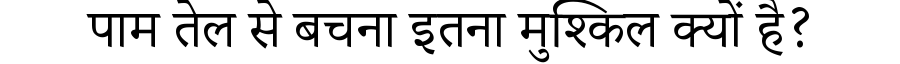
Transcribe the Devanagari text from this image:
पाम तेल से बचना इतना मुश्किल क्यों है?